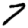
Digit: 7